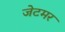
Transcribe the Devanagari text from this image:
जेटमर